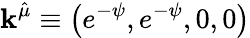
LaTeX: \mathbf{k}^{\hat{{\mu}}}\equiv\left(e^{-\psi},e^{-\psi},0,0\right)